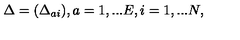
\Delta = ( \Delta _ { a i } ) , a = 1 , . . . E , i = 1 , . . . N ,